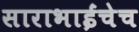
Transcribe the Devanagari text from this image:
साराभाईंचेच